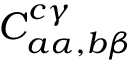
C _ { a \alpha , b \beta } ^ { c \gamma }